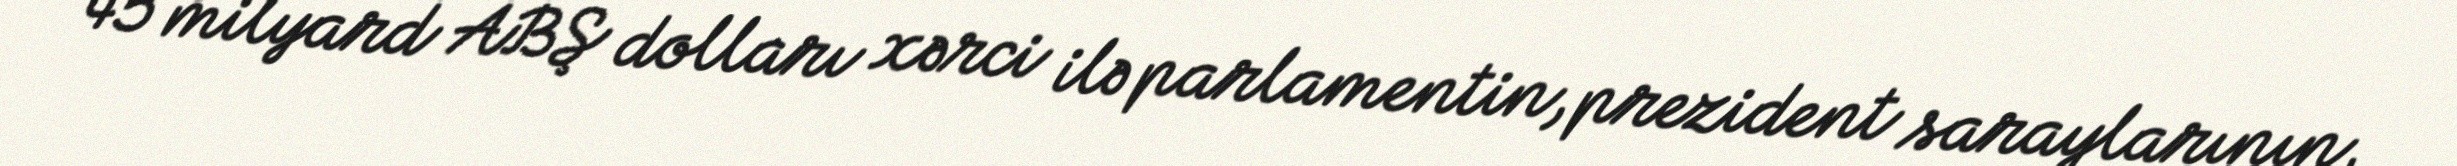
45 milyard ABŞ dolları xərci ilə parlamentin, prezident saraylarının,